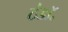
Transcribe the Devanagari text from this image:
ठंडॉ॰